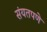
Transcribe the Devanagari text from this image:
संयतपणे